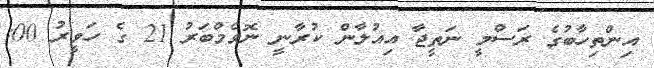
އިންތިހާބުގެ ރަސްމީ ނަތީޖާ އިއުލާން ކުރާނީ ނޮވެމްބަރު 21 ގެ ހަވީރު 00: